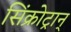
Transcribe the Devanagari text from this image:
सिंक्रोट्रान्